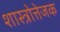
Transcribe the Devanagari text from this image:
शास्त्रोत्तेजक